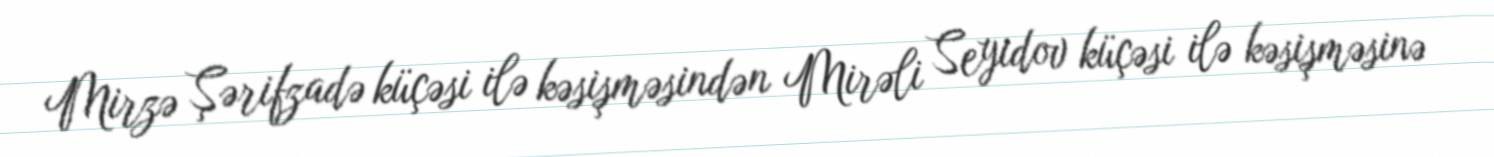
Mirzə Şərifzadə küçəsi ilə kəsişməsindən Mirəli Seyidov küçəsi ilə kəsişməsinə